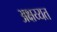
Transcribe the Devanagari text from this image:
अक्षय्यत